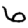
Digit: 6